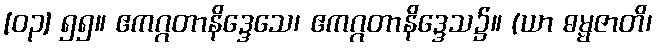
[၀၃] ၅၅။ ဧကဂ္ဂတာနိဒ္ဒေသေ၊ ဧကဂ္ဂတာနိဒ္ဒေသ၌။ (ယာ ဓမ္မဇာတိ၊